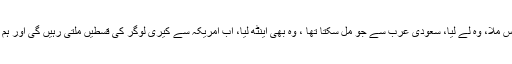
وار�آف ٹیرر کا حصہ بن کر ہمیں جی ا یس پی پلس ملا، وہ لے لیا، سعودی عرب سے جو مل سکتا تھا ، وہ بھی اینٹھ لیا، اب امریکہ سے کیری لوگر کی قسطیں ملتی رہیں گی اور ہم اس کے سامنے اکڑنے کی حماقت نہیں کریں گے۔